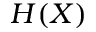
H ( X )